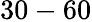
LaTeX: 30-60